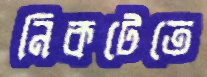
নিকটেতে